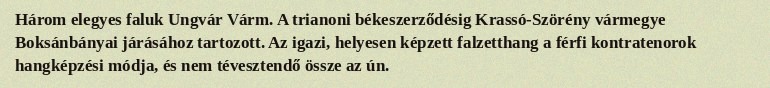
Három elegyes faluk Ungvár Várm. A trianoni békeszerződésig Krassó-Szörény vármegye Boksánbányai járásához tartozott. Az igazi, helyesen képzett falzetthang a férfi kontratenorok hangképzési módja, és nem tévesztendő össze az ún.